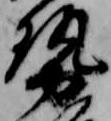
勢